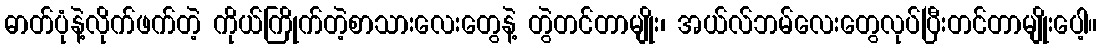
ဓာတ်ပုံနဲ့လိုက်ဖက်တဲ့ ကိုယ်ကြိုက်တဲ့စာသားလေးတွေနဲ့ တွဲတင်တာမျိုး၊ အယ်လ်ဘမ်လေးတွေလုပ်ပြီးတင်တာမျိုးပေါ့။